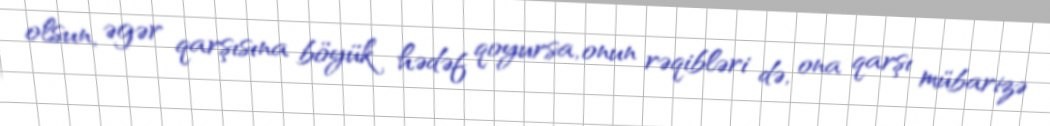
olsun, əgər qarşısına böyük hədəf qoyursa, onun rəqibləri də, ona qarşı mübarizə